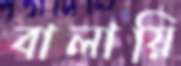
বালায়ি